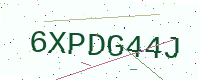
Text: 6XPDG44J